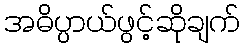
အဓိပ္ပာယ်ဖွင့်ဆိုချက်